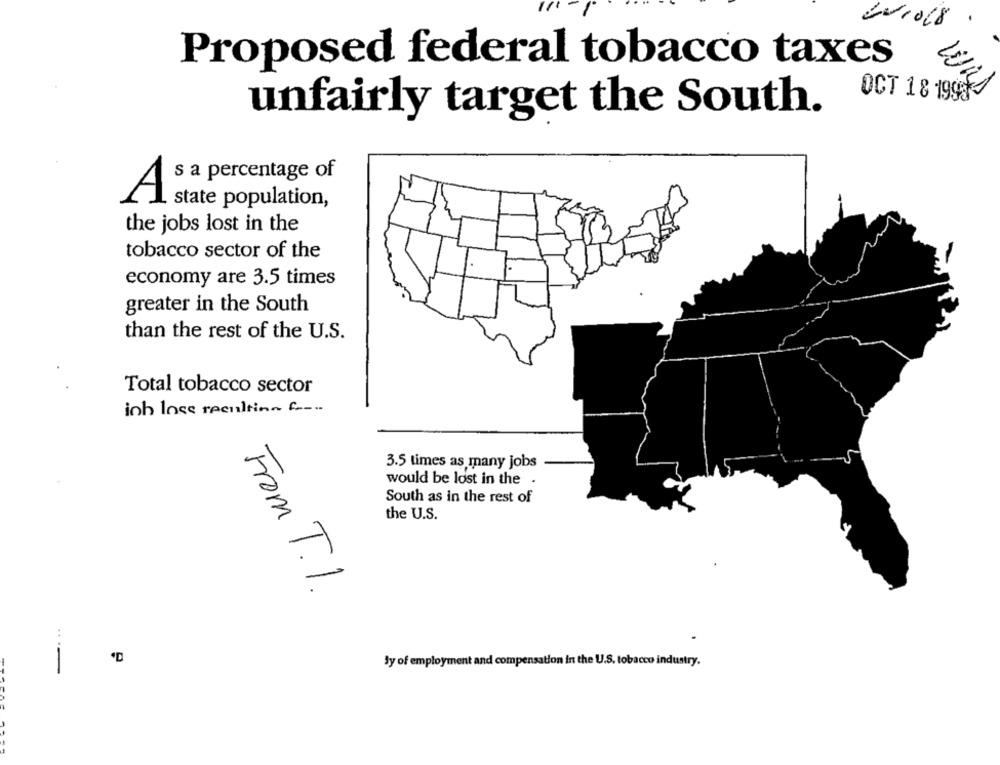
Proposed federal tobacco taxes
OCT 18 1998-
unfairly target the South.
s a percentage of
A
state population,
the jobs lost in the
tobacco sector of the
economy are 3.5 times
greater in the South
than the rest of the U.S.
Total tobacco sector
inh lose recultin- --
3.5 times as many jobs
would be lost in the .
South as in the rest of
the U.S.
From T.I.
--
By of employment and compensation in the U.S. tobacco industry.